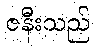
ဇနီးသည်